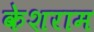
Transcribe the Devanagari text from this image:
केशराम